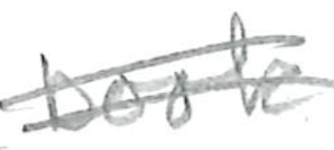
Text: book
Cross-out: double-line
Writing tool: pencil